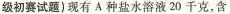
级初赛试题)现有A种盐水溶液20千克，含